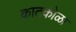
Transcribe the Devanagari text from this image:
काटकोळा